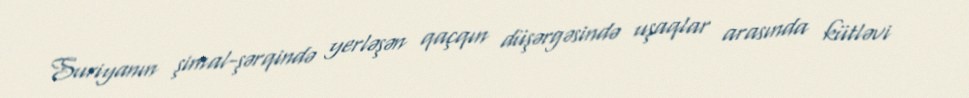
Suriyanın şimal-şərqində yerləşən qaçqın düşərgəsində uşaqlar arasında kütləvi